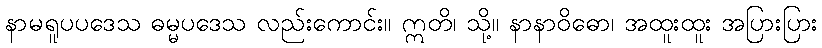
နာမရူပပဒေသ ဓမ္မပဒေသ လည်းကောင်း။ ဣတိ၊ သို့။ နာနာဝိဓော၊ အထူးထူး အပြားပြား